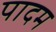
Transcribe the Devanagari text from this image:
पादम